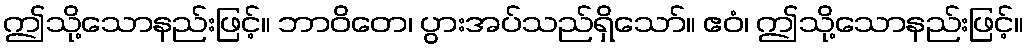
ဤသို့သောနည်းဖြင့်။ ဘာဝိတေ၊ ပွားအပ်သည်ရှိသော်။ ဧဝံ၊ ဤသို့သောနည်းဖြင့်။